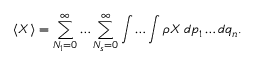
\langle X \rangle = \sum _ { N _ { 1 } = 0 } ^ { \infty } \ldots \sum _ { N _ { s } = 0 } ^ { \infty } \int \ldots \int \rho X \, d p _ { 1 } \ldots d q _ { n } .